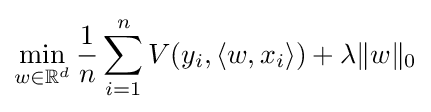
\min _{w\in \mathbb {R} ^{d}}{\frac {1}{n}}\sum _{i=1}^{n}V(y_{i},\langle w,x_{i}\rangle )+\lambda \|w\|_{0}